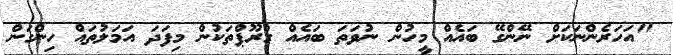
"އަހަރެންނަކަށް ނޭންގޭ ބައެއް މީހުން ނުވަތަ ބައެއް ގްރޫޕްތަކުން މިފަދަ އަމަލުތައް ހިންގަން